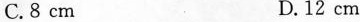
C.8cm D.12cm